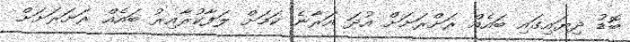
ބޮޑު ދިޔައިގައި ބައެއް ރަށްރަށަށް އުދަ އަރާނެ ކަމަށް ލަފާކުރާއިރު ބައެއް ރަށަރަށަށް